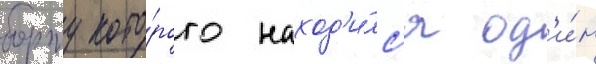
борту кото́рого наход'и́лс'я од'и́н